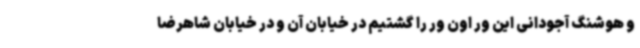
و هوشنگ آجودانی این ور اون ور را گشتیم در خیابان آن و در خیابان شاهرضا